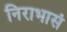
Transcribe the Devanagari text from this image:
निराभासं